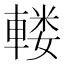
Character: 𨍦